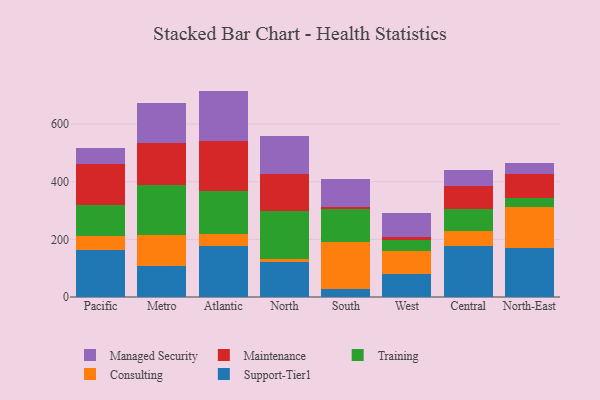
{"axis": {"x": "Region", "y": "Inventory Turnover"}, "legend": ["Consulting", "Maintenance", "Managed Security", "Support-Tier1", "Training"], "data": [{"x": "Pacific", "y": 162.0, "type": "Support-Tier1"}, {"x": "Pacific", "y": 49.2, "type": "Consulting"}, {"x": "Pacific", "y": 107.1, "type": "Training"}, {"x": "Pacific", "y": 142.9, "type": "Maintenance"}, {"x": "Pacific", "y": 54.8, "type": "Managed Security"}, {"x": "Metro", "y": 107.6, "type": "Support-Tier1"}, {"x": "Metro", "y": 106.0, "type": "Consulting"}, {"x": "Metro", "y": 174.7, "type": "Training"}, {"x": "Metro", "y": 146.0, "type": "Maintenance"}, {"x": "Metro", "y": 137.5, "type": "Managed Security"}, {"x": "Atlantic", "y": 176.0, "type": "Support-Tier1"}, {"x": "Atlantic", "y": 43.6, "type": "Consulting"}, {"x": "Atlantic", "y": 148.9, "type": "Training"}, {"x": "Atlantic", "y": 172.8, "type": "Maintenance"}, {"x": "Atlantic", "y": 174.0, "type": "Managed Security"}, {"x": "North", "y": 122.1, "type": "Support-Tier1"}, {"x": "North", "y": 9.7, "type": "Consulting"}, {"x": "North", "y": 166.4, "type": "Training"}, {"x": "North", "y": 127.2, "type": "Maintenance"}, {"x": "North", "y": 134.0, "type": "Managed Security"}, {"x": "South", "y": 26.3, "type": "Support-Tier1"}, {"x": "South", "y": 163.5, "type": "Consulting"}, {"x": "South", "y": 115.5, "type": "Training"}, {"x": "South", "y": 8.2, "type": "Maintenance"}, {"x": "South", "y": 95.4, "type": "Managed Security"}, {"x": "West", "y": 79.7, "type": "Support-Tier1"}, {"x": "West", "y": 79.4, "type": "Consulting"}, {"x": "West", "y": 39.4, "type": "Training"}, {"x": "West", "y": 11.2, "type": "Maintenance"}, {"x": "West", "y": 83.2, "type": "Managed Security"}, {"x": "Central", "y": 177.5, "type": "Support-Tier1"}, {"x": "Central", "y": 50.8, "type": "Consulting"}, {"x": "Central", "y": 78.3, "type": "Training"}, {"x": "Central", "y": 77.3, "type": "Maintenance"}, {"x": "Central", "y": 57.0, "type": "Managed Security"}, {"x": "North-East", "y": 169.8, "type": "Support-Tier1"}, {"x": "North-East", "y": 142.2, "type": "Consulting"}, {"x": "North-East", "y": 32.7, "type": "Training"}, {"x": "North-East", "y": 82.2, "type": "Maintenance"}, {"x": "North-East", "y": 37.8, "type": "Managed Security"}]}